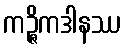
ကဉ္ဇိကဒါနဿ